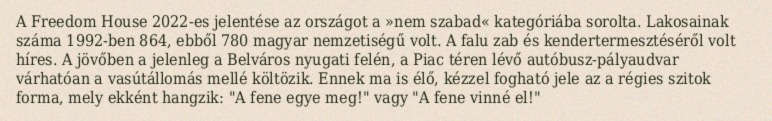
A Freedom House 2022-es jelentése az országot a »nem szabad« kategóriába sorolta. Lakosainak száma 1992-ben 864, ebből 780 magyar nemzetiségű volt. A falu zab és kendertermesztéséről volt híres. A jövőben a jelenleg a Belváros nyugati felén, a Piac téren lévő autóbusz-pályaudvar várhatóan a vasútállomás mellé költözik. Ennek ma is élő, kézzel fogható jele az a régies szitok forma, mely ekként hangzik: "A fene egye meg!" vagy "A fene vinné el!"